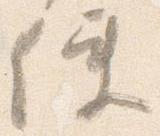
使